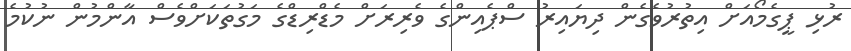
ރުޅި ޕީގެމޯއަށް އިތުރުވެގެން ދިޔައިރު ސްޕެއިންގެ ވެރިރަށް މެޑްރިޑްގެ މަގުތަކަށްވެސް އާންމުން ނުކުމެ